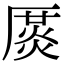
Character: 𠪛